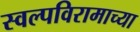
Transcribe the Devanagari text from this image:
स्वल्पविरामाच्या